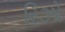
રિઝો